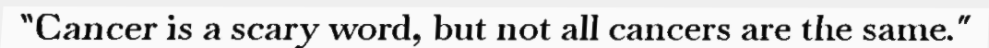
"Cancer is a scary word, but not all cancers are the same."